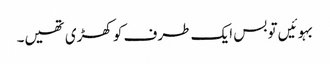
بہوئیں تو بس ایک طرف کو کھڑی تھیں۔